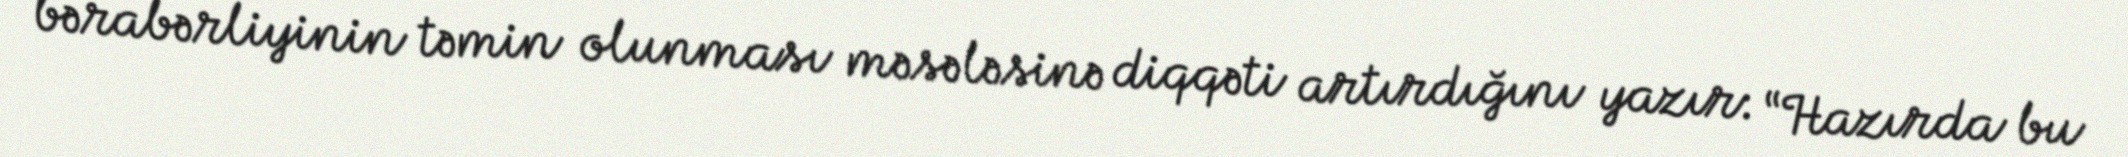
bərabərliyinin təmin olunması məsələsinə diqqəti artırdığını yazır: “Hazırda bu